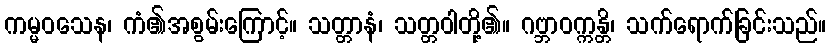
ကမ္မဝသေန၊ ကံ၏အစွမ်းကြောင့်။ သတ္တာနံ၊ သတ္တဝါတို့၏။ ဂဗ္ဘာဝက္ကန္တိ၊ သက်ရောက်ခြင်းသည်။